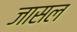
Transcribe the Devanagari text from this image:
जासल